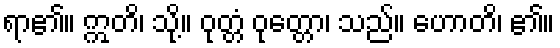
ရာ၏။ ဣတိ၊ သို့။ ဝုတ္တံ ဝုတ္တော၊ သည်။ ဟောတိ၊ ၏။